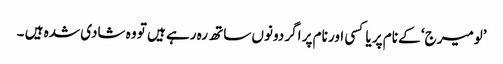
’لومیرج‘ کے نام پر یا کسی اور نام پر اگر دونوں ساتھ رہ رہے ہیں تو وہ شادی شدہ ہیں ۔